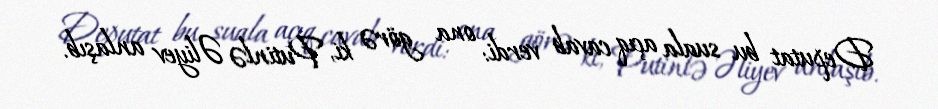
Deputat bu suala açıq cavab verdi: ona görə ki, Putinlə Əliyev anlaşıb.